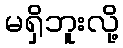
မရှိဘူးလို့